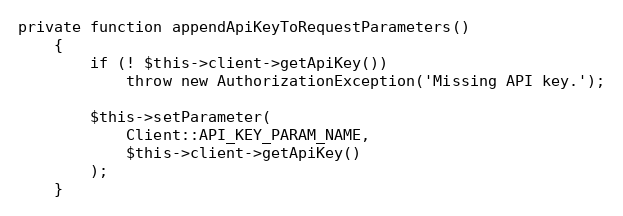
Language: PHP
private function appendApiKeyToRequestParameters()
	{
		if (! $this->client->getApiKey())
			throw new AuthorizationException('Missing API key.');

		$this->setParameter(
			Client::API_KEY_PARAM_NAME,
			$this->client->getApiKey()
		);
	}